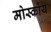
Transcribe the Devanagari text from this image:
मोर्स्कोय